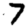
Digit: 7